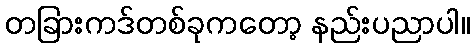
တခြားကဒ်တစ်ခုကတော့ နည်းပညာပါ။